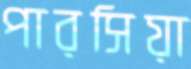
পারসিয়া